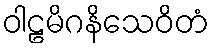
ဝါဠမိဂနိသေဝိတံ